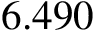
6 . 4 9 0